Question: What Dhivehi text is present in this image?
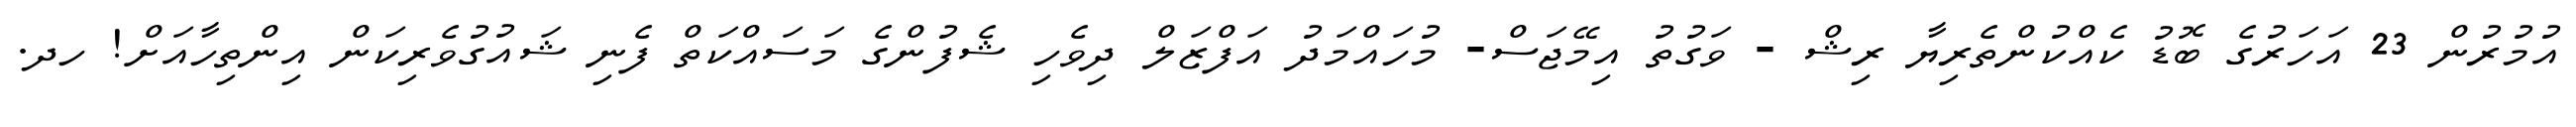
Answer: އުމުރުން 23 އަހަރުގެ ބޮޑު ކެއްކުންތެރިޔާ ރިޝް - ވަގުތު އިމޭޖަސް- މުހައްމަދު އަފްޒަލް ދިވެހި ޝެފުންގެ މަސައްކަތް ފެނި ޝައުގުވެރިކަން އިންތިހާއަށް! ހދ.